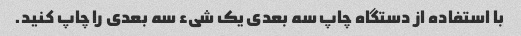
با استفاده از دستگاه چاپ سه بعدی یک شیء سه بعدی را چاپ کنید.